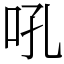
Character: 吼